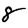
Digit: 8